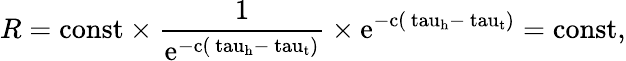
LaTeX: R=\mathrm{{const}\times\frac{1}{e^{-c(\ tau_{h}-\ tau_{t})}}\times e^{-c(\ tau_{h}-\ tau_{t})}=\mathrm{{const},}}